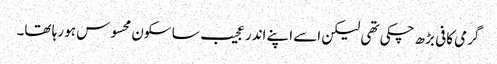
گرمی کافی بڑھ چکی تھی لیکن اسے اپنے اندر عجیب سا سکون محسوس ہو رہا تھا۔